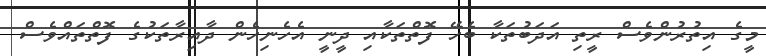
މީގެ އިތުރުންވެސް ރީތި އަދަބުތަކާ ބެހޭ ފޮތްތަކާއި ދީނީ އެހެނިހެން ދާއިރާތަކުގެ ފޮތްތައްވެސް